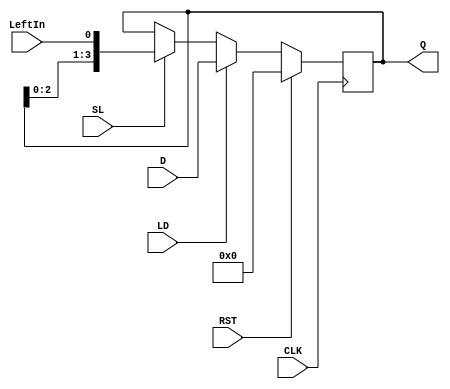
`timescale 1ns / 1ps
//////////////////////////////////////////////////////////////////////////////////
// Company: 
// Engineer: 
// 
// Design Name: 
// Module Name: ShiftReg
// Project Name: 
// Target Devices: 
// Tool Versions: 
// Description: 
// 
// Dependencies: 
// 
// Revision:
// Revision 0.01 - File Created
// Additional Comments:
// 
//////////////////////////////////////////////////////////////////////////////////


module ShiftReg(input CLK, RST, SL, LD, LeftIn,
                input [3:0] D,
                output reg [3:0] Q);
always @(posedge CLK)
    begin
        if(RST)
            Q <= 0;
        else if(LD)
            Q <= D;
        else if(SL)
            begin
                Q[3:0] <= {Q[2:0], LeftIn};
            end
        else    Q[3:0] <= Q[3:0];
     end
endmodule